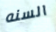
السنه